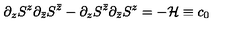
\partial _ { z } S ^ { z } \partial _ { \bar { z } } S ^ { \bar { z } } - \partial _ { z } S ^ { \bar { z } } \partial _ { \bar { z } } S ^ { z } = - { \cal H } \equiv c _ { 0 }